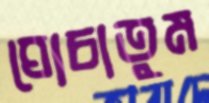
ঘোচাতুম